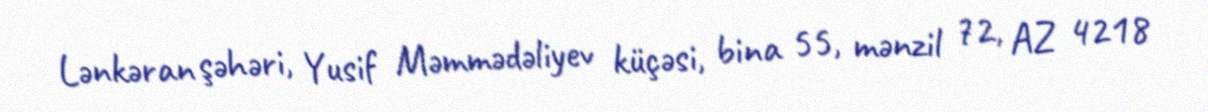
Lənkəran şəhəri, Yusif Məmmədəliyev küçəsi, bina 55, mənzil 72, AZ 4218